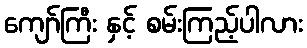
ကျော်ကြီး နှင့် စမ်းကြည့်ပါလား